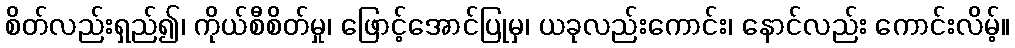
စိတ်လည်းရှည်၍၊ ကိုယ်စီစိတ်မှု၊ ဖြောင့်အောင်ပြုမှ၊ ယခုလည်းကောင်း၊ နောင်လည်း ကောင်းလိမ့်။